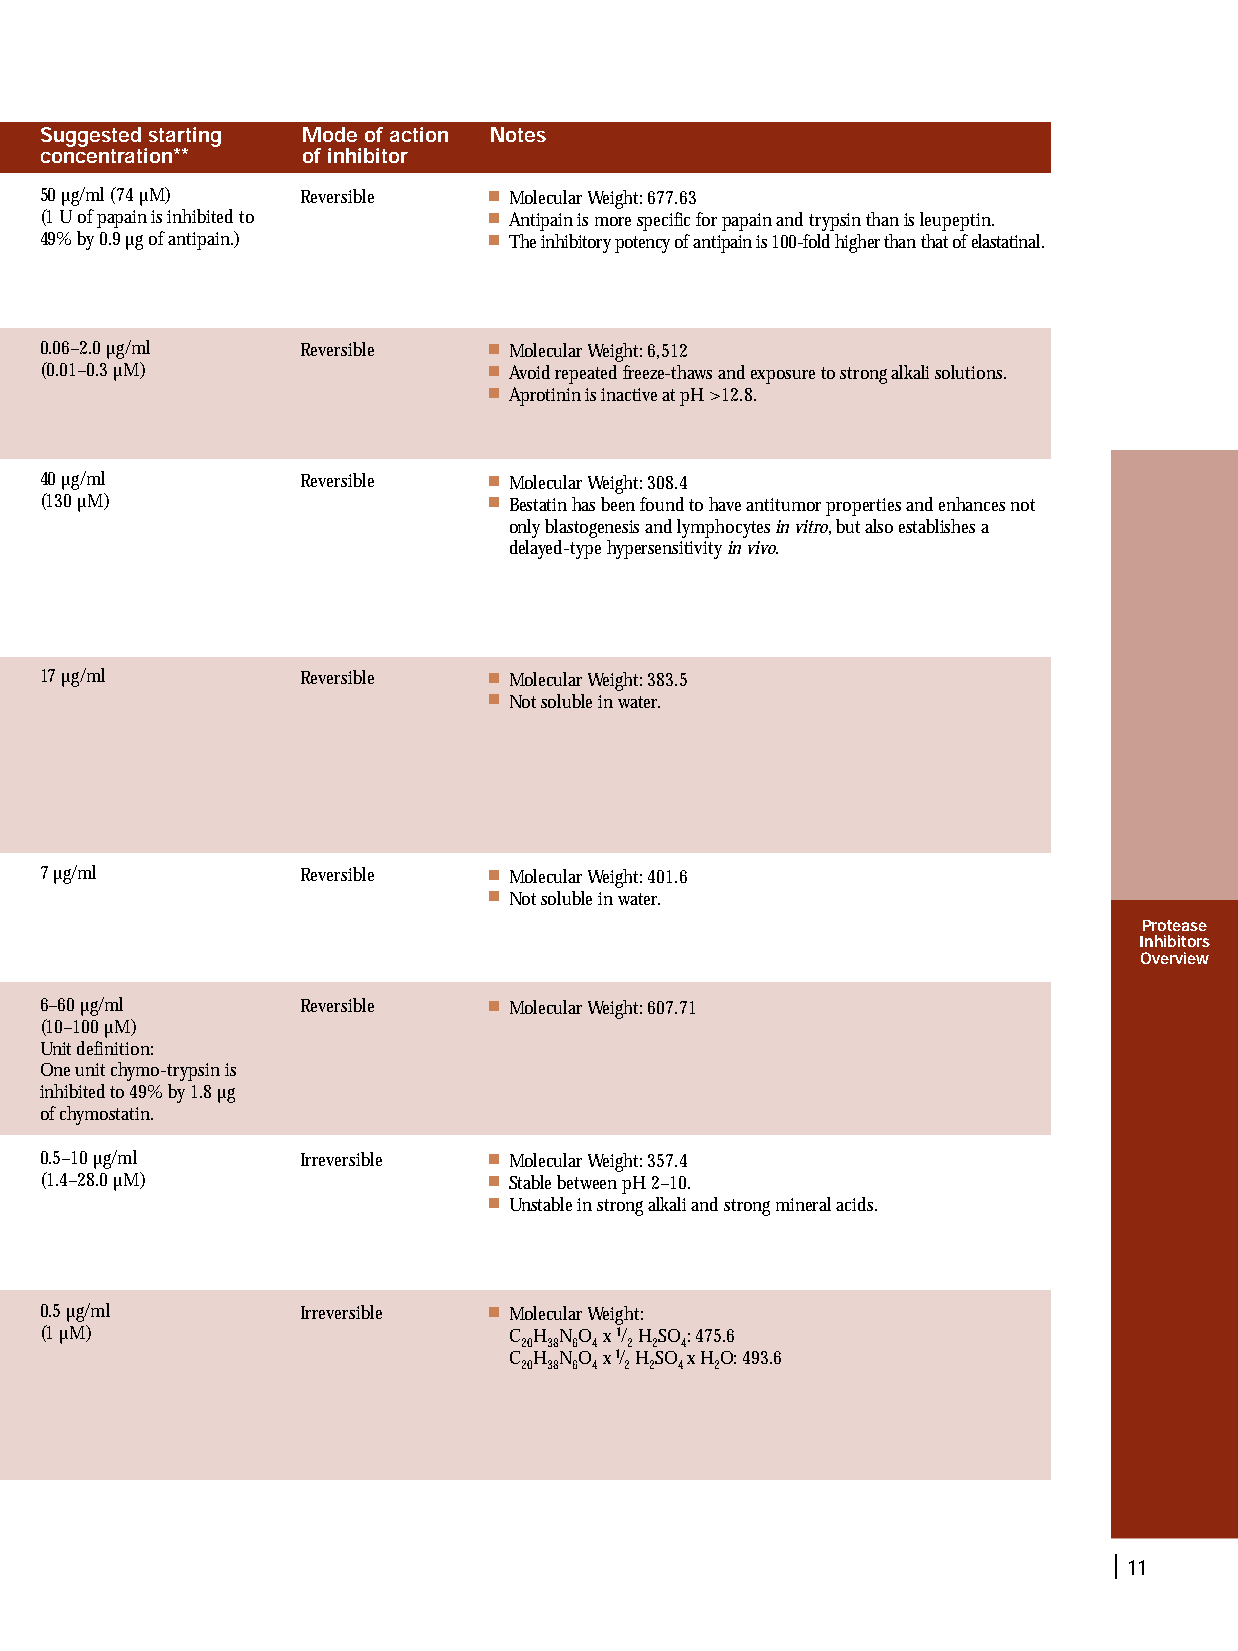
Suggested starting Mode of action Notes
 concentration**  of inhibitor
 50 µg/ml (74 µM) Reversible  ■ Molecular Weight:677.63
 (1 U ofpapain is inhibited to ■ Antipain is more specific for papain and trypsin than is leupeptin.
 49% by 0.9 µg ofantipain.)   ■ The inhibitory potency ofantipain is 100-fold higher than that ofelastatinal.
 0.06–2.0 µg/ml   Reversible  ■ Molecular Weight:6,512
 (0.01–0.3 µM)                ■ Avoid repeated freeze-thaws and exposure to strong alkali solutions.
 ■ Aprotinin is inactive at pH >12.8.
 40 µg/ml         Reversible  ■ Molecular Weight:308.4
 (130 µM)                     ■ Bestatin has been found to have antitumor properties and enhances not
 only blastogenesis and lymphocytes in vitro,but also establishes a
 delayed-type hypersensitivity in vivo.
 17 µg/ml         Reversible  ■ Molecular Weight:383.5
 ■ Not soluble in water.
 7 µg/ml          Reversible  ■ Molecular Weight:401.6
 ■ Not soluble in water.
 Protease
 Inhibitors
 Overview
 6–60 µg/ml       Reversible  ■ Molecular Weight:607.71
 (10–100 µM)
 Unit definition:
 One unit chymo-trypsin is
 inhibited to 49% by 1.8 µg
 ofchymostatin.
 0.5–10 µg/ml     Irreversible ■ Molecular Weight:357.4
 (1.4–28.0 µM)                ■ Stable between pH 2–10.
 ■ Unstable in strong alkali and strong mineral acids.
 0.5 µg/ml        Irreversible ■ Molecular Weight:
 (1 µM)                         C H NO x 1/ HSO:475.6
 20 38 6 4 2 2 4
 C H NO x1/ HSO x HO:493.6
 20 38 6 4 2 2 4 2
 | 11